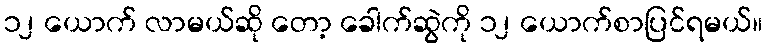
၁၂ ယောက် လာမယ်ဆို တော့ ခေါက်ဆွဲကို ၁၂ ယောက်စာပြင်ရမယ်။